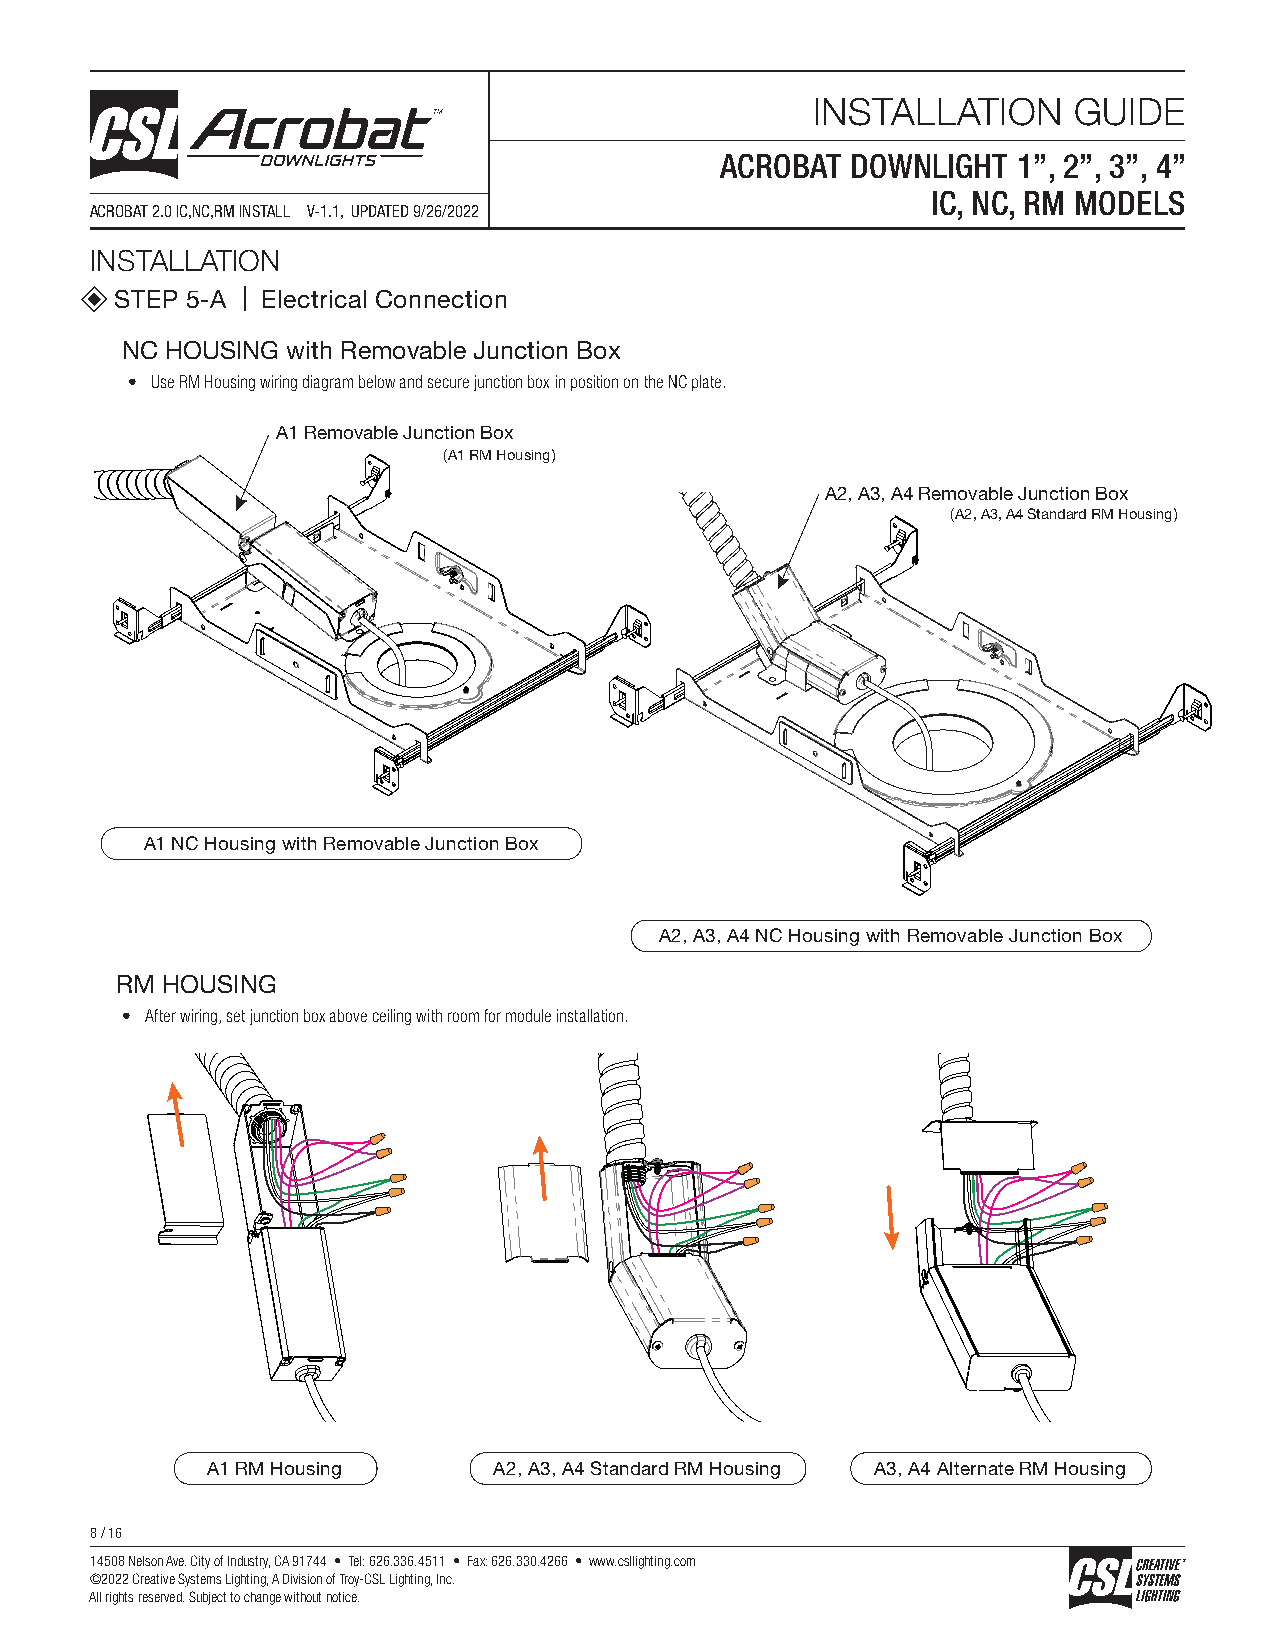
INSTALLATION     GUIDE
 ACROBAT DOWNLIGHT  1”, 2”, 3”, 4”
 IC, NC, RM MODELS
 ACROBAT 2.0 IC,NC,RM INSTALL V-1.1, UPDATED 9/26/2022
 INSTALLATION
 STEP 5-A | Electrical Connection
 NC HOUSING with Removable Junction Box
 • Use RM Housing wiring diagram below and secure junction box in position on the NC plate.
 A1 Removable Junction Box
 (A1 RM Housing)
 A2, A3, A4 Removable Junction Box
 (A2, A3, A4 Standard RM Housing)
 A1 NC Housing with Removable Junction Box
 A2, A3, A4 NC Housing with Removable Junction Box
 RM HOUSING
 • After wiring, set junction box above ceiling with room for module installation.
 A1 RM Housing      A2, A3, A4 Standard RM Housing A3, A4 Alternate RM Housing
 8 / 16
 14508 Nelson Ave. City of Industry, CA 91744 • Tel: 626.336.4511 • Fax: 626.330.4266 • www.csllighting.com
 ©2022 Creative Systems Lighting, A Division of Troy-CSL Lighting, Inc.
 All rights reserved. Subject to change without notice.